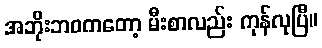
အဘိုးဘဝကတော့ မီးစာလည်း ကုန်လုပြီ။